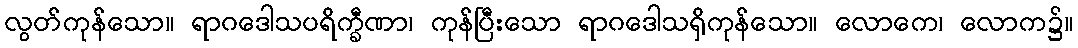
လွတ်ကုန်သော။ ရာဂဒေါသပရိက္ခီဏာ၊ ကုန်ပြီးသော ရာဂဒေါသရှိကုန်သော။ လောကေ၊ လောက၌။